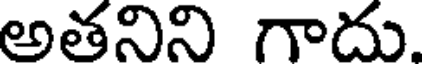
అతనిని గాదు.